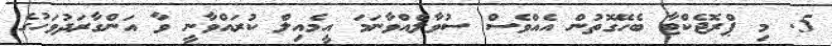
5. މި ޕްރޮޖެކްޓާ ބެހޭގޮތުން އެއްވެސް ސުވާލެއްވާނަމަ އީމެއިލް ކުރައްވާނީ ވާ އަންގާރަދުވަހުގެ